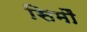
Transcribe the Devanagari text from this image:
सिमौं